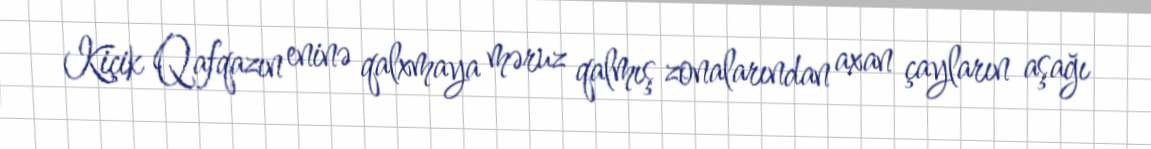
Kiçik Qafqazın eninə qalxmaya məruz qalmış zonalarından axan çayların aşağı